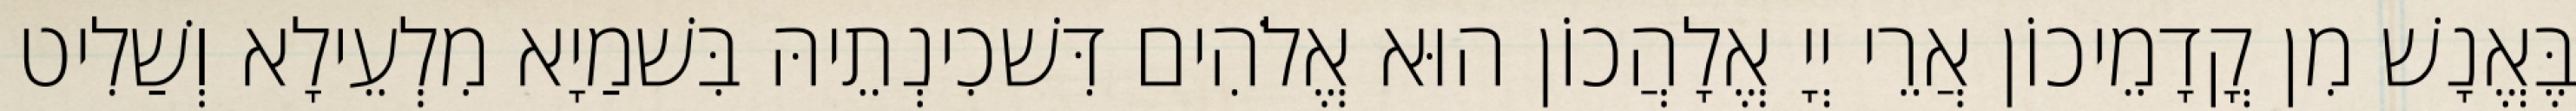
בֶּאֱנָשׁ מִן קֳדָמֵיכוֹן אֲרֵי יְיָ אֱלָהֲכוֹן הוּא אֱלֹהִים דִּשׁכִינְתֵיהּ בִּשׁמַיָא מִלְעֵילָא וְשַׁלִיט